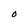
Character: V